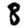
Digit: 8